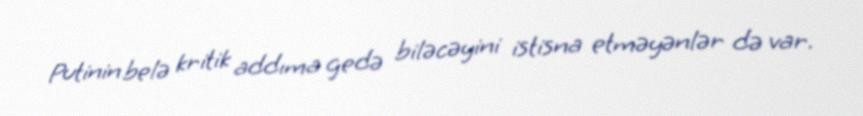
Putinin belə kritik addıma gedə biləcəyini istisna etməyənlər də var.